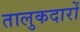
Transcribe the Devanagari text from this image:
तालुकदारों